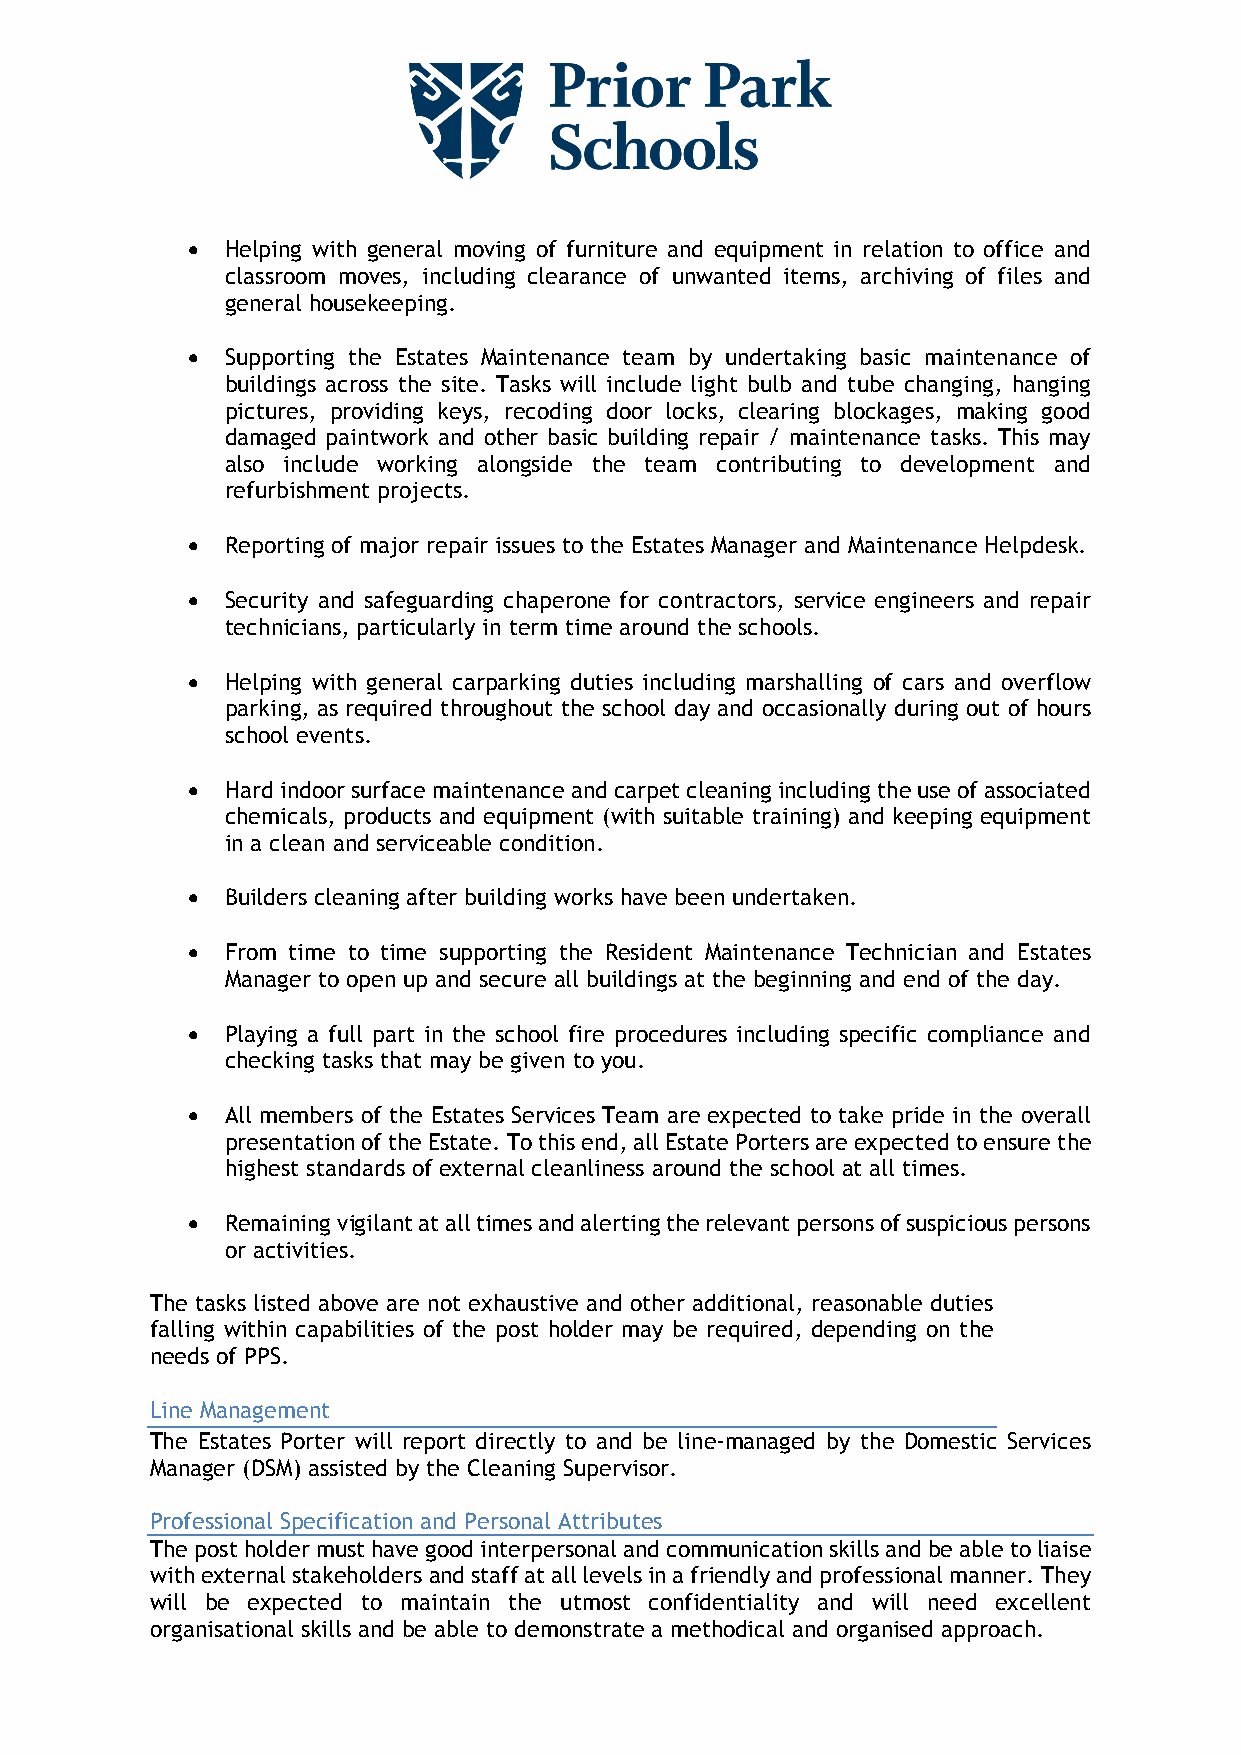
•  Helping with general moving of furniture and equipment in relation to office and
 classroom moves, including clearance of unwanted items, archiving of files and
 general housekeeping.
 •  Supporting the Estates Maintenance team by undertaking basic maintenance of
 buildings across the site. Tasks will include light bulb and tube changing, hanging
 pictures, providing keys, recoding door locks, clearing blockages, making good
 damaged paintwork and other basic building repair / maintenance tasks. This may
 also include working alongside the team contributing to development and
 refurbishment projects.
 •  Reporting of major repair issues to the Estates Manager and Maintenance Helpdesk.
 •  Security and safeguarding chaperone for contractors, service engineers and repair
 technicians, particularly in term time around the schools.
 •  Helping with general carparking duties including marshalling of cars and overflow
 parking, as required throughout the school day and occasionally during out of hours
 school events.
 •  Hard indoor surface maintenance and carpet cleaning including the use of associated
 chemicals, products and equipment (with suitable training) and keeping equipment
 in a clean and serviceable condition.
 •  Builders cleaning after building works have been undertaken.
 •  From time to time supporting the Resident Maintenance Technician and Estates
 Manager to open up and secure all buildings at the beginning and end of the day.
 •  Playing a full part in the school fire procedures including specific compliance and
 checking tasks that may be given to you.
 •  All members of the Estates Services Team are expected to take pride in the overall
 presentation of the Estate. To this end, all Estate Porters are expected to ensure the
 highest standards of external cleanliness around the school at all times.
 •  Remaining vigilant at all times and alerting the relevant persons of suspicious persons
 or activities.
 The tasks listed above are not exhaustive and other additional, reasonable duties
 falling within capabilities of the post holder may be required, depending on the
 needs of PPS.
 Line Management
 The Estates Porter will report directly to and be line-managed by the Domestic Services
 Manager (DSM) assisted by the Cleaning Supervisor.
 Professional Specification and Personal Attributes
 The post holder must have good interpersonal and communication skills and be able to liaise
 with external stakeholders and staff at all levels in a friendly and professional manner. They
 will be expected to maintain the utmost confidentiality and will need excellent
 organisational skills and be able to demonstrate a methodical and organised approach.